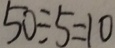
5 0 \div 5 = 1 0